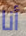
أنا